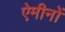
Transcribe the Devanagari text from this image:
ऐमीनों